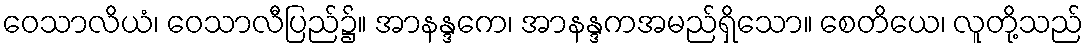
ဝေသာလိယံ၊ ဝေသာလီပြည်၌။ အာနန္ဒကေ၊ အာနန္ဒကအမည်ရှိသော။ စေတိယေ၊ လူတို့သည်